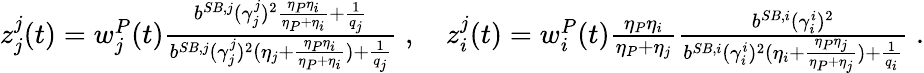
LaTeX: \begin{array}{r}{z_{j}^{j}(t)=w_{j}^{P}(t)\frac{{b}^{SB,j}(\gamma_{j}^{j})^{2}\frac{\eta_{P}\eta_{i}}{\eta_{P}+\eta_{i}}+\frac{1}{q_{j}}}{{b}^{SB,j}(\gamma_{j}^{j})^{2}(\eta_{j}+\frac{\eta_{P}\eta_{i}}{\eta_{P}+\eta_{i}})+\frac{1}{q_{j}}}\; ,\quad z_{i}^{j}(t)=w_{i}^{P}(t)\frac{\eta_{P}\eta_{i}}{\eta_{P}+\eta_{j}}\frac{{b}^{SB,i}(\gamma_{i}^{i})^{2}}{{b}^{SB,i}(\gamma_{i}^{i})^{2}(\eta_{i}+\frac{\eta_{P}\eta_{j}}{\eta_{P}+\eta_{j}})+\frac{1}{q_{i}}}\; .}\end{array}